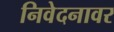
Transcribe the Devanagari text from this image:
निवेदनावर